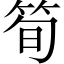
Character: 筍